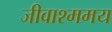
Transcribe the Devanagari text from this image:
जीवाश्ममय